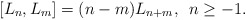
\begin{align*}[ L_{n},L_{m}] = (n-m)L_{n+m}, \,\,\, n\geq -1.\end{align*}